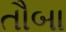
તૌબા